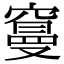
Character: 𥧭